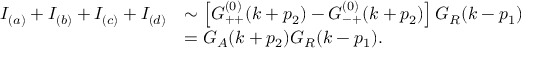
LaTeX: \begin{array} { l l } { { I _ { ( a ) } + I _ { ( b ) } + I _ { ( c ) } + I _ { ( d ) } } } & { { \sim \left[ G _ { + + } ^ { ( 0 ) } ( k + p _ { 2 } ) - G _ { - + } ^ { ( 0 ) } ( k + p _ { 2 } ) \right] G _ { R } ( k - p _ { 1 } ) } } \\ { { { } } } & { { = G _ { A } ( k + p _ { 2 } ) G _ { R } ( k - p _ { 1 } ) . } } \end{array}